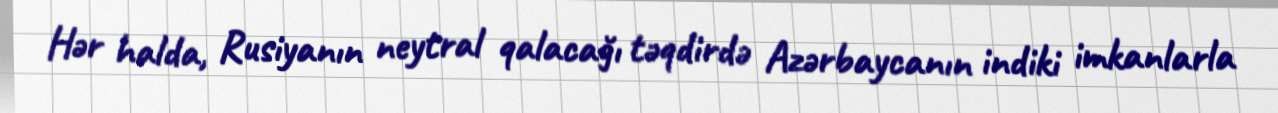
Hər halda, Rusiyanın neytral qalacağı təqdirdə Azərbaycanın indiki imkanlarla